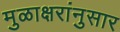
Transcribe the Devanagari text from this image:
मुळाक्षरांनुसार